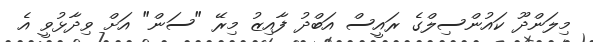
މިލަންދޫ ކައުންސިލްގެ ރައީސް އަބްދު ފާއިޒު މިރޭ "ސަން" އަށް ވިދާޅުވީ އެ